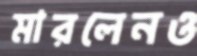
মারলেনও